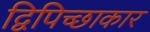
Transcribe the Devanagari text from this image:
द्विपिच्छाकार